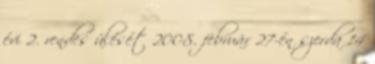
évi 2. rendes ülését 2008. február 27-én szerda 14